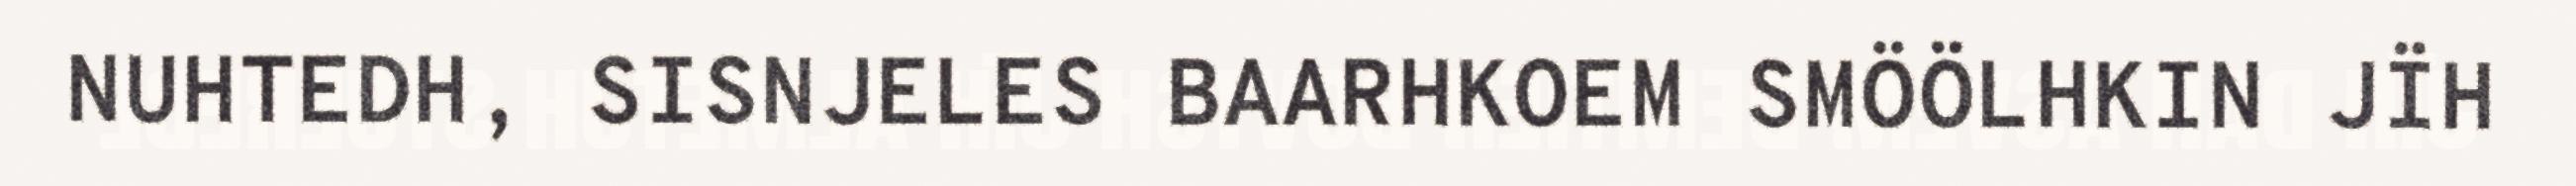
NUHTEDH, SISNJELES BAARHKOEM SMÖÖLHKIN JÏH